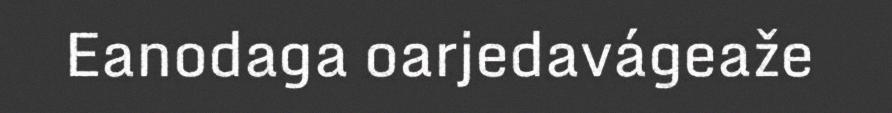
Eanodaga oarjedavágeaže